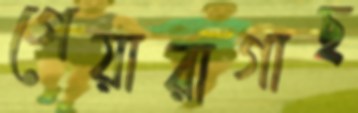
পেয়ারাগাছ